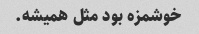
خوشمزه بود مثل همیشه.